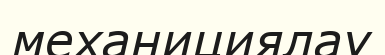
механициялау